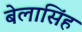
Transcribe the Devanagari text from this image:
बेलासिंह